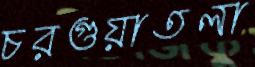
চরগুয়াতলা